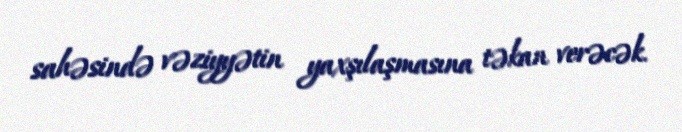
sahəsində vəziyyətin yaxşılaşmasına təkan verəcək.